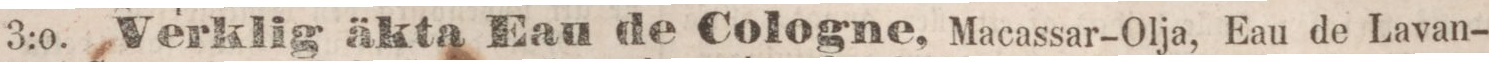
3:o. Verklig äkta Eau de Cologne, Macassar-Olja, Eau de Lavan-